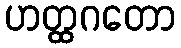
ဟတ္ထဂတော